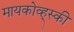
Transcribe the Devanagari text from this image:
मायकोव्ह्‌स्की